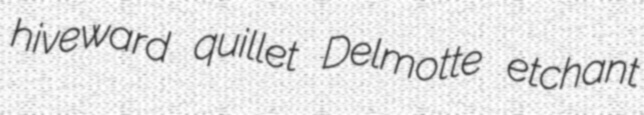
hiveward quillet Delmotte etchant